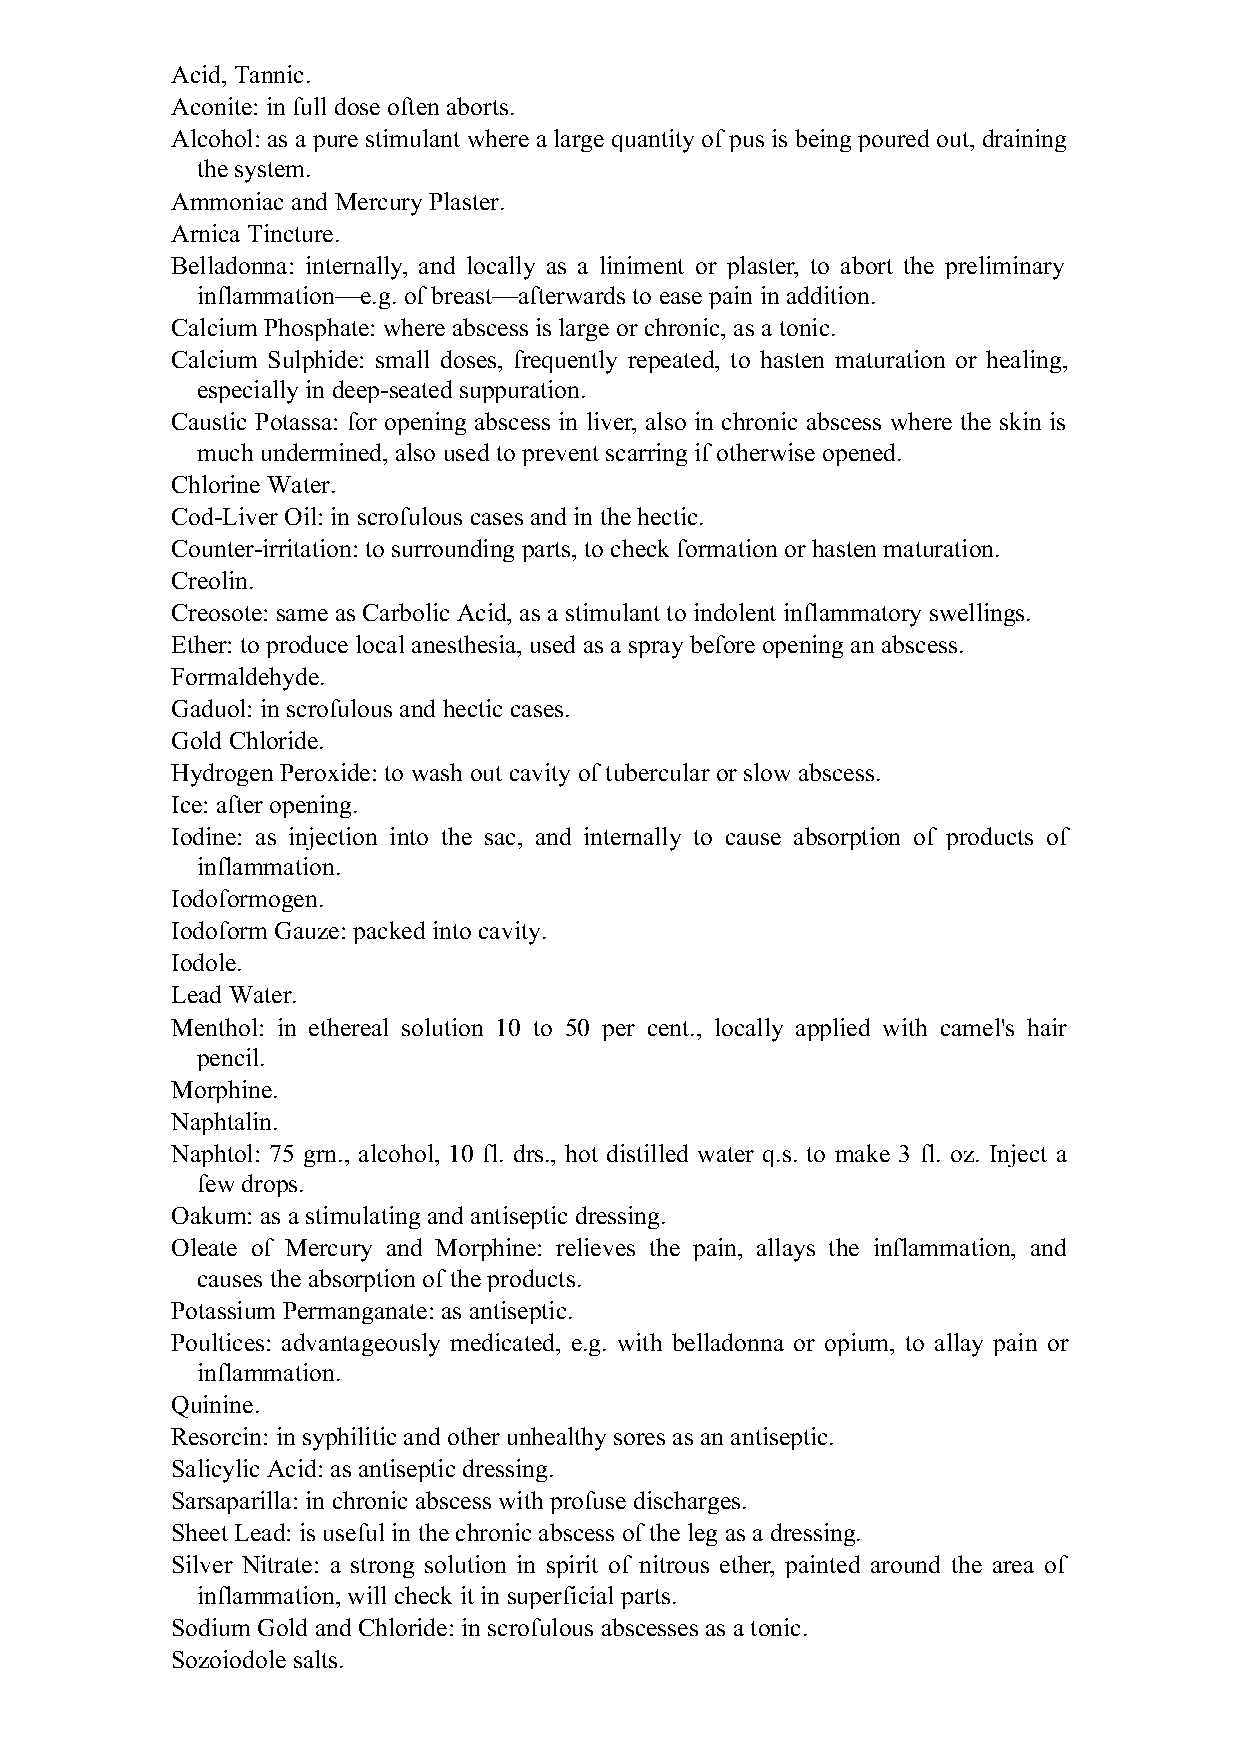
Acid, Tannic.
 Aconite: in full dose often aborts.
 Alcohol: as a pure stimulant where a large quantity of pus is being poured out, draining
 the system.
 Ammoniac and Mercury Plaster.
 Arnica Tincture.
 Belladonna: internally, and locally as a liniment or plaster, to abort the preliminary
 inflammation—e.g. of breast—afterwards to ease pain in addition.
 Calcium Phosphate: where abscess is large or chronic, as a tonic.
 Calcium Sulphide: small doses, frequently repeated, to hasten maturation or healing,
 especially in deep-seated suppuration.
 Caustic Potassa: for opening abscess in liver, also in chronic abscess where the skin is
 much undermined, also used to prevent scarring if otherwise opened.
 Chlorine Water.
 Cod-Liver Oil: in scrofulous cases and in the hectic.
 Counter-irritation: to surrounding parts, to check formation or hasten maturation.
 Creolin.
 Creosote: same as Carbolic Acid, as a stimulant to indolent inflammatory swellings.
 Ether: to produce local anesthesia, used as a spray before opening an abscess.
 Formaldehyde.
 Gaduol: in scrofulous and hectic cases.
 Gold Chloride.
 Hydrogen Peroxide: to wash out cavity of tubercular or slow abscess.
 Ice: after opening.
 Iodine: as injection into the sac, and internally to cause absorption of products of
 inflammation.
 Iodoformogen.
 Iodoform Gauze: packed into cavity.
 Iodole.
 Lead Water.
 Menthol: in ethereal solution 10 to 50 per cent., locally applied with camel's hair
 pencil.
 Morphine.
 Naphtalin.
 Naphtol: 75 grn., alcohol, 10 fl. drs., hot distilled water q.s. to make 3 fl. oz. Inject a
 few drops.
 Oakum: as a stimulating and antiseptic dressing.
 Oleate of Mercury and Morphine: relieves the pain, allays the inflammation, and
 causes the absorption of the products.
 Potassium Permanganate: as antiseptic.
 Poultices: advantageously medicated, e.g. with belladonna or opium, to allay pain or
 inflammation.
 Quinine.
 Resorcin: in syphilitic and other unhealthy sores as an antiseptic.
 Salicylic Acid: as antiseptic dressing.
 Sarsaparilla: in chronic abscess with profuse discharges.
 Sheet Lead: is useful in the chronic abscess of the leg as a dressing.
 Silver Nitrate: a strong solution in spirit of nitrous ether, painted around the area of
 inflammation, will check it in superficial parts.
 Sodium Gold and Chloride: in scrofulous abscesses as a tonic.
 Sozoiodole salts.